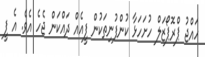
ހައްޖު ޕްރޮޕޯޒަލް ހުށަހަޅާ ކުންފުނިތަކުން ފީއެއް ދައްކަން ޖެހެ އެވެ. އެ ފީ